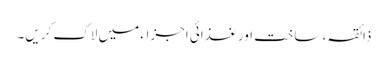
ذائقہ ، ساخت اور غذائی اجزاء میں لاک کریں۔